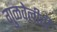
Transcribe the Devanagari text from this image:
गुळवेलीची